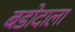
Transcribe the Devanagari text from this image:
बडोदाला